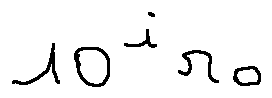
1 0 ^ { i } r _ { 0 }